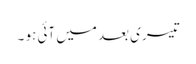
تیسری بعد میں آئی ہو ۔